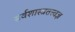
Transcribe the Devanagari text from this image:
सर्वशास्त्रतत्त्वज्ञ